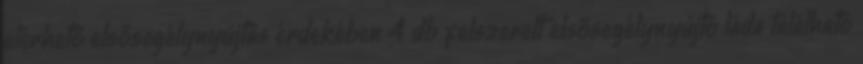
elérhető elsősegélynyújtás érdekében 4 db felszerelt elsősegélynyújtó láda található